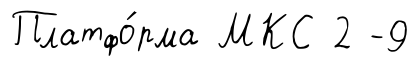
Платфо́рма МКС 2 -9